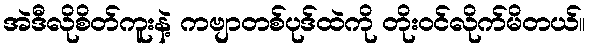
အဲဒီလိုစိတ်ကူးနဲ့ ကဗျာတစ်ပုဒ်ထဲကို တိုးဝင်လိုက်မိတယ်။